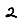
Digit: 2